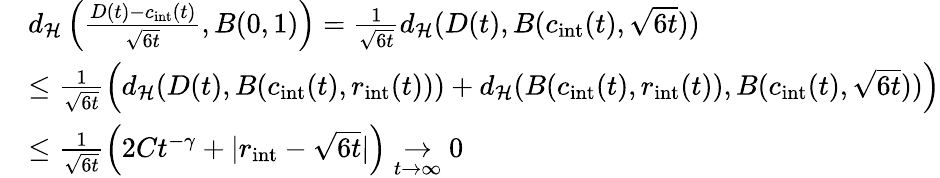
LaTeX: \begin{array}{rl}&{d_{\mathcal{H}}\left(\frac{D(t)-c_{\mathrm{int}}(t)}{\sqrt{6t}},B(0,1)\right)=\frac{1}{\sqrt{6t}}d_{\mathcal{H}}(D(t),B(c_{\mathrm{int}}(t),\sqrt{6t}))}\\ &{\le\frac{1}{\sqrt{6t}}\left(d_{\mathcal{H}}(D(t),B(c_{\mathrm{int}}(t),r_{\mathrm{int}}(t)))+d_{\mathcal{H}}(B(c_{\mathrm{int}}(t),r_{\mathrm{int}}(t)),B(c_{\mathrm{int}}(t),\sqrt{6t}))\right)}\\ &{\le\frac{1}{\sqrt{6t}}\left(2Ct^{-\gamma}+\vert r_{\mathrm{int}}-\sqrt{6t}\vert\right)\underset{t\to\infty}{\to}0}\end{array}